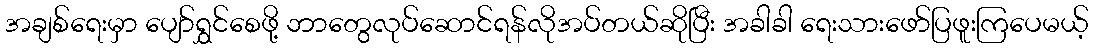
အချစ်ရေးမှာ ပျော်ရွှင်စေဖို့ ဘာတွေလုပ်ဆောင်ရန်လိုအပ်တယ်ဆိုပြီး အခါခါ ရေးသားဖော်ပြဖူးကြပေမယ့်